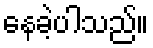
နေခဲ့ပါသည်။